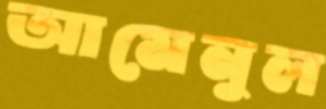
আমেনুল